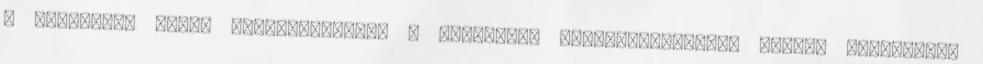
a kormányt: hozza nyilvánosságra a beruházás előkészületeinek pontos költségét.